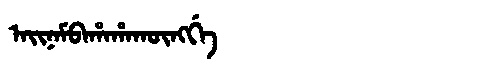
Manchu: ᠠᡳᠨᠠᠮᠪᠠᡥᠠᡥᠠᡴᡡᠩᡤᡝ
Romanization: AINAMBAHAHAKŪNGGE